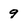
Character: 9